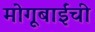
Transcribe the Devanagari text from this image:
मोगूबाईंची